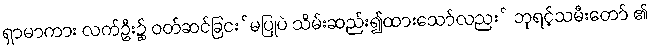
ရှာမာကား လက်ဦး၌ ဝတ်ဆင်ခြငး်မပြုပဲ သိမ်းဆည်း၍ထားသော်လညး် ဘုရင့်သမီးတော် ၏